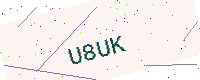
Text: U8UK